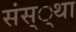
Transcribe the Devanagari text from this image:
संस््था